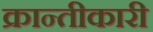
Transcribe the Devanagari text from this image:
क्रान्तीकारी